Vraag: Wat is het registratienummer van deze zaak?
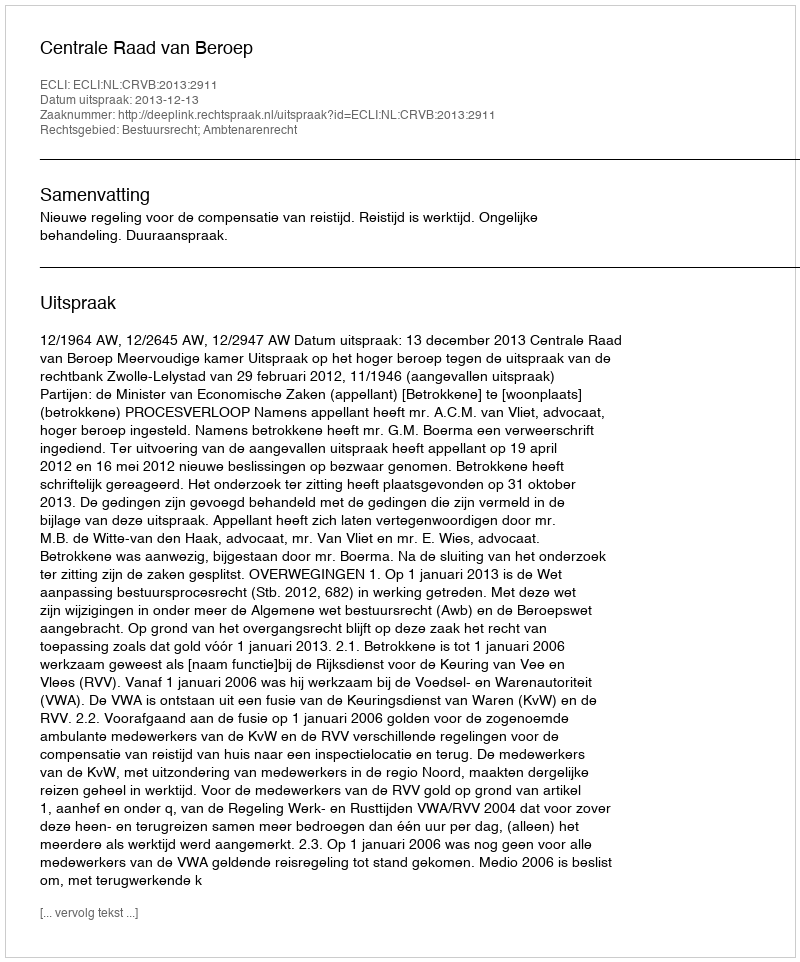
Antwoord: http://deeplink.rechtspraak.nl/uitspraak?id=ECLI:NL:CRVB:2013:2911